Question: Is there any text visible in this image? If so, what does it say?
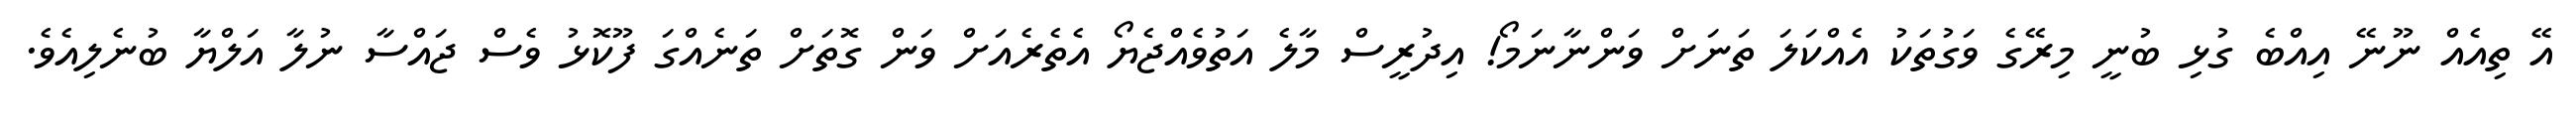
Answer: އޭ ތިއެއް ނޫނޭ އިއްބެ ގުޅި ބުނީ މިރޭގެ ވަގުތަކު އެއްކަލަ ތަނަށް ވަންނާނަމޯ! އިދުރީސް މާލެ އަތުވެއްޖެޔޯ އެތެރެއަށް ވަން ގޮތަށް ތަނެއްގަ ފޫކޮޅު ވެސް ޖައްސާ ނުލާ އަލްޔާ ބުނެލިއެވެ.